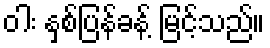
ဝါး နှစ်ပြန်ခန့် မြင့်သည်။